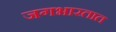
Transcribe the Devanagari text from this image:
जगभारतात